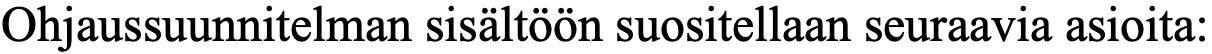
Ohjaussuunnitelman sisältöön suositellaan seuraavia asioita: